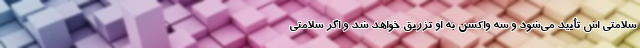
سلامتی اش تأیید می‌شود و سه واکسن به او تزریق خواهد شد و اگر سلامتی